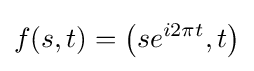
f(s,t)=\left(se^{i2\pi t},t\right)